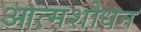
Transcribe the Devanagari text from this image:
आत्मशोधन